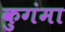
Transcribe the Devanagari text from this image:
कुगंमा